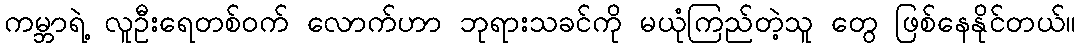
ကမ္ဘာရဲ့ လူဦးရေတစ်ဝက် လောက်ဟာ ဘုရားသခင်ကို မယုံကြည်တဲ့သူ တွေ ဖြစ်နေနိုင်တယ်။